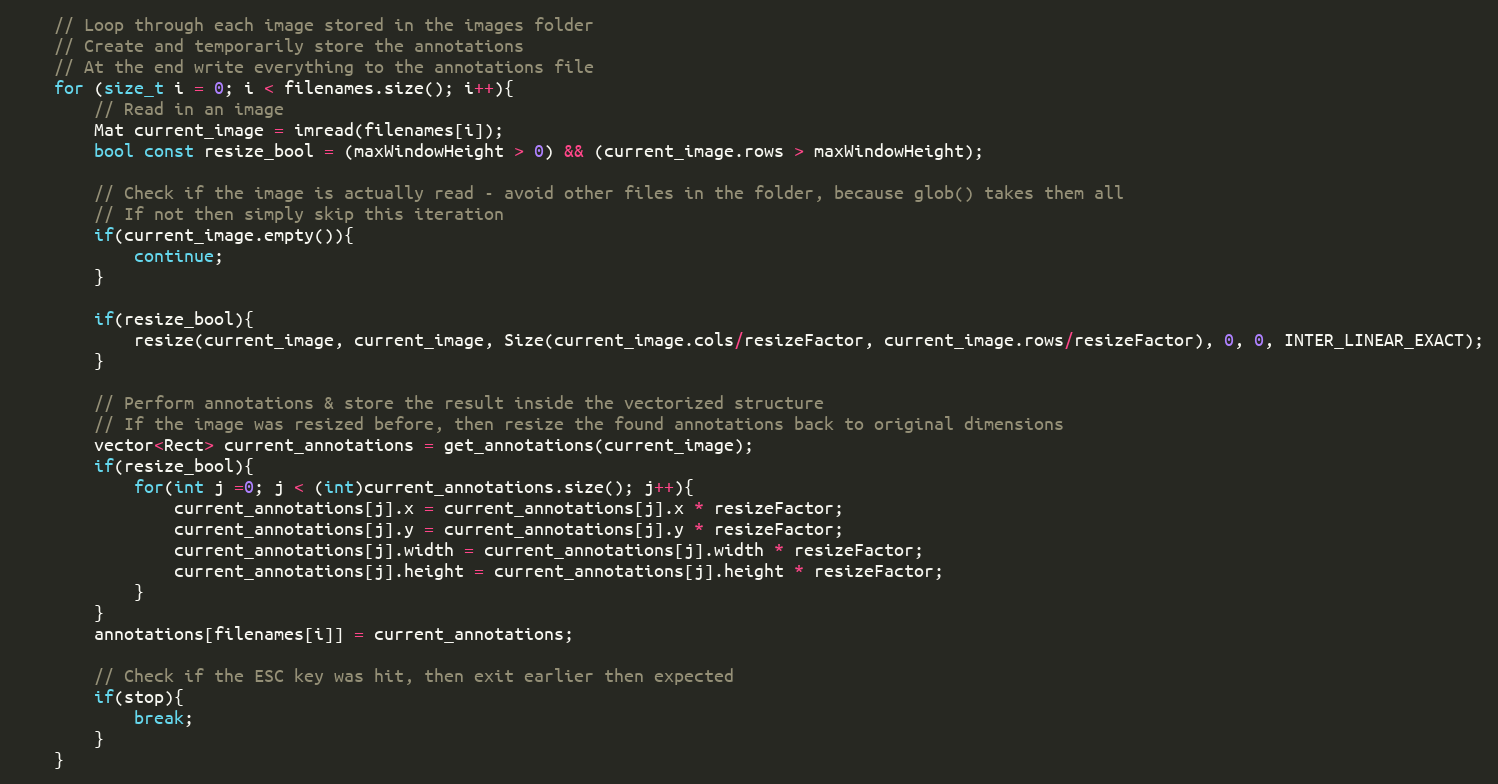
Language: C++
    // Loop through each image stored in the images folder
    // Create and temporarily store the annotations
    // At the end write everything to the annotations file
    for (size_t i = 0; i < filenames.size(); i++){
        // Read in an image
        Mat current_image = imread(filenames[i]);
        bool const resize_bool = (maxWindowHeight > 0) && (current_image.rows > maxWindowHeight);

        // Check if the image is actually read - avoid other files in the folder, because glob() takes them all
        // If not then simply skip this iteration
        if(current_image.empty()){
            continue;
        }

        if(resize_bool){
            resize(current_image, current_image, Size(current_image.cols/resizeFactor, current_image.rows/resizeFactor), 0, 0, INTER_LINEAR_EXACT);
        }

        // Perform annotations & store the result inside the vectorized structure
        // If the image was resized before, then resize the found annotations back to original dimensions
        vector<Rect> current_annotations = get_annotations(current_image);
        if(resize_bool){
            for(int j =0; j < (int)current_annotations.size(); j++){
                current_annotations[j].x = current_annotations[j].x * resizeFactor;
                current_annotations[j].y = current_annotations[j].y * resizeFactor;
                current_annotations[j].width = current_annotations[j].width * resizeFactor;
                current_annotations[j].height = current_annotations[j].height * resizeFactor;
            }
        }
        annotations[filenames[i]] = current_annotations;

        // Check if the ESC key was hit, then exit earlier then expected
        if(stop){
            break;
        }
    }